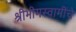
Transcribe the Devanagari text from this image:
श्रीभीमस्वामींचे